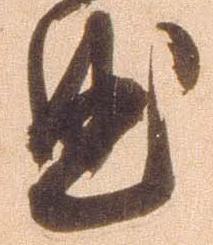
曲